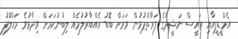
އެމްޑީޕީއާއި ރައީސް ނަޝީދުގެ ފަރާތްޕުޅުން ވަރަށް ބޮޑު އެއްބާރުލުމެއް ލިބުނުކަމަށް ވިދާޅުވެ މަހުލޫފު